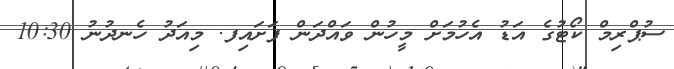
ސުޕްރިމް ކޯޓުގެ އަޑު އެހުމަށް މީހުން ވައްދަން ފަށައިފ. މިއަދު ހެނދުނު 10:30